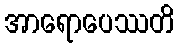
အာရောပေဿတိ